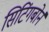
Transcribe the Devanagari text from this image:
सिटिंगबोर्न